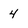
Character: 4